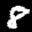
Label: 8